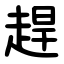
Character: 趕